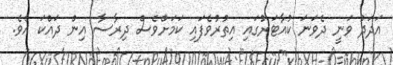
އަދަދު ވަނީ ދެވަނަ ކުއާޓަރުގައި އިތުރުވެފައި ކަމަށްވެސް ދިރާސާ އިން ދައްކަ އެވެ.